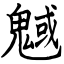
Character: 魊